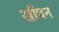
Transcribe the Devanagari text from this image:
खींचन